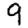
Digit: 9